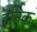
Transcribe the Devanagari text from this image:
हर्निक